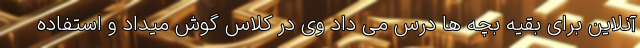
آنلاین برای بقیه بچه ها درس می داد وی در کلاس گوش میداد و استفاده